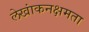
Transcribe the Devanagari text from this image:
लेखांकनक्षमता